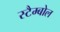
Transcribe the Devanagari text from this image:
स्टैम्बोल